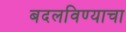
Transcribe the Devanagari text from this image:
बदलविण्याचा